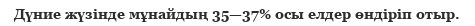
Дүние жүзінде мұнайдың 35—37% осы елдер өндіріп отыр.